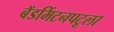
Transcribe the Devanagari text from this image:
बॅडमिंटनपटूला